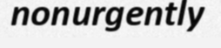
nonurgently